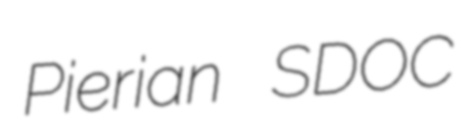
Pierian SDOC